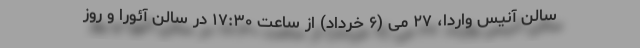
سالن آنیس واردا، ۲۷ می (۶ خرداد) از ساعت ۱۷:۳۰ در سالن آئورا و روز